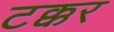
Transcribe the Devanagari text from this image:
टक्कर